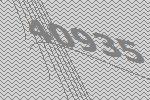
40935